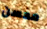
محسن